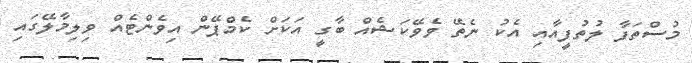
މުސްތަފާ ލުތުފީއާއި އެކު ނެތޭ ވެވޭކަޝެއް ބާގީ އަކަށް ކެމްޕޭން އިވެންޓެއް ވިލިމާލޭގައި